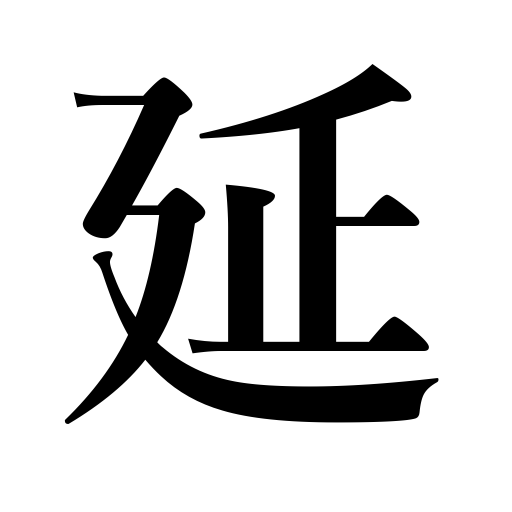
Meanings: extend,make a bed,progress,postpone,let nails grow,straighten,be exhausted,increase,be straightened,uncoil,develop talents,stretching,be smoothed,stretch,reach out,grow,widen,be postponed,be flattened,spread,develop,lengthen,smooth out,spread out,amass riches,dilute